Report on the lunatic asylums under the Government of Bombay - 1904-1913
Year: 1904
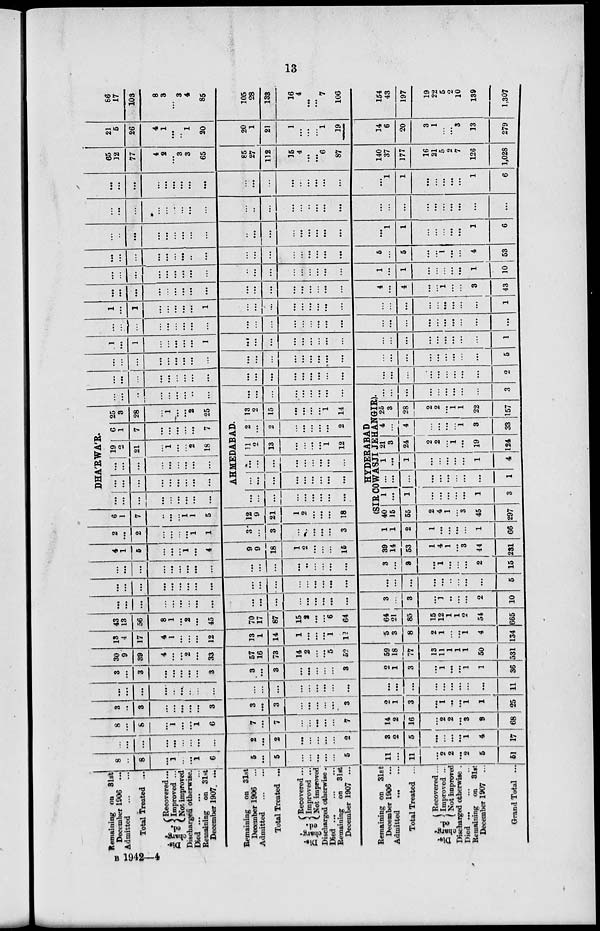
13
Remaining on 31st
December 1906 ...
Admitted
...
...
Total Treated ..
Dis¬
charg¬
ed.
Recovered...
Improved ...
Not improved
Discharged otherwise.
Died
...
...
...
Remaining on 31st
December 1907 ...
Remaining on 31st
December 1906 ...
Admitted ... ...
Total Treated ...
Dis¬
charg¬
ed.
Recovered ...
Improved ...
Not improved
Discharged otherwise.
Died ... ... ...
Remaining on 31st
December 1907 ...
Remaining on 31st
December 1906 ...
Admitted
...
...
Total Treated ...
Dis¬
charg¬
ed.
Recovered...
Improved ...
Not improved
Discharged otherwise .
Died... ... ...
Remaining on 31st
December 1907 ...
Grand Total ...
8
...
8
...
1
...
...
1
6
5
...
5
...
...
...
...
...
5
11
...
11
...
2
2
...
2
5
51
...
...
...
...
...
...
...
...
...
2
...
2
...
...
...
...
...
2
3
2
5
...
...
...
...
1
4
17
8
...
8
...
1
...
...
1
6
7
...
7
...
...
...
...
...
7
14
2
16
2
2
...
3
9
68
3
...
3
...
...
...
...
...
3
3
...
3
...
...
...
...
...
3
2
1
3
...
1
...
...
1
1
25
...
...
...
...
..
...
...
...
...
...
...
...
...
...
...
...
...
...
...
...
...
...
...
...
...
...
...
11
3
...
3
...
...
...
...
...
3
3
...
3
...
...
...
...
...
3
2
1
3
...
1
...
...
1
1
36
30
9
39
4
...
...
2
...
33
57
16
73
14
2
...
...
5
52
59
18
77
13
11
1
1
1
50
531
13
4
17
4
1
...
...
...
12
13
1
14
1
...
...
...
1
12
5
3
8
2
1
...
...
1
4
134
43
13
56
8
1
...
2
...
45
70
17
87
15
2
...
...
6
64
64
21
85
15
12
1
1
2
54
665
...
...
...
...
...
...
...
...
...
...
...
...
...
...
...
...
...
...
3
...
3
...
1
...
...
...
2
10
...
...
...
...
...
...
...
...
...
...
...
...
...
...
...
...
...
...
...
...
...
...
...
...
...
...
...
5
...
...
...
...
...
...
...
...
...
...
...
...
...
..
...
...
...
...
3
...
8
...
1
...
...
...
2
15
4
1
5
...
...
...
1
...
4
9
9
18
1
2
...
...
...
15
39
14
53
1
4
1
...
3
44
231
2
...
2
...
...
...
...
1
1
3
...
3
...
..
...
...
...
3
1
1
2
1
...
...
...
...
1
66
6
1
7
...
...
...
1
1
5
12
9
21
1
2
...
...
...
18
DHA'RWA'R.
...
...
...
...
...
...
...
...
...
...
...
...
...
...
...
...
...
...
...
...
...
...
...
...
...
...
...
19
2
21
...
1
...
...
2
18
6
1
7
...
...
...
...
...
7
25
3
28
...
1
...
...
2
25
AHMEDABAD.
...
...
...
...
...
...
...
...
...
...
...
...
...
...
...
...
...
...
...
...
...
...
...
...
...
...
...
11
2
13
...
...
...
...
1
12
2
...
2
...
...
...
...
...
2
13
2
15
...
...
...
...
1
14
...
...
...
...
...
...
...
...
...
...
...
...
...
...
...
...
...
...
HYDERABAD
(SIR COWASJI JEHANGIR).
40
15
55
2
4
1
...
3
45
297
1
...
1
...
...
...
...
...
1
3
...
...
...
...
...
...
...
...
...
1
1
...
1
...
...
...
...
...
1
4
21
3
24
2
2
...
1
...
19
124
4
...
4
...
...
...
...
1
3
33
25
3
28
2
2
...
1
1
22
157
...
...
...
...
...
...
...
...
...
3
...
...
...
...
...
...
...
...
...
...
...
...
...
...
...
...
...
...
...
...
...
...
...
...
...
...
...
2
...
...
...
...
...
...
...
...
...
...
...
...
...
...
...
...
...
...
...
...
...
...
...
...
...
...
...
5
1
...
1
...
...
...
...
...
1
...
...
...
...
...
...
...
...
...
...
...
...
...
...
...
...
...
...
1
...
...
...
...
...
...
...
...
...
...
...
...
...
...
...
...
...
...
...
. ..
...
...
...
...
...
...
...
...
1
...
1
...
...
...
...
...
1
...
...
...
...
...
...
...
...
...
...
...
...
...
...
...
...
...
1
...
...
...
...
...
...
...
...
...
...
...
...
...
...
...
...
...
...
4
...
4
...
...
1
...
...
3
43
...
...
...
...
...
...
...
...
...
...
...
...
...
...
...
...
...
...
1
...
1
...
...
...
...
...
1
10
...
...
...
...
...
...
...
..
...
...
...
...
...
...
...
...
...
...
5
...
5
...
...
1
...
...
4
53
...
...
...
...
. ..
...
...
...
...
...
...
...
...
...
...
...
...
...
...
1
1
...
...
...
...
...
1
6
...
...
...
...
...
. ...
...
...
...
...
...
...
...
...
...
...
...
...
...
...
...
...
...
...
...
...
...
...
...
...
...
...
...
...
...
...
...
...
...
...
...
...
...
...
...
...
...
1
1
...
...
...
...
...
1
6
65
12
77
4
2
...
3
3
65
85
27
112
15
4
...
...
6
87
140
37
177
16
21
5
2
7
126
1,028
21
5
26
4
1
...
...
1
20
20
1
21
1
...
...
...
1
19
14
6
20
3
1
...
...
3
13
279
86
17
103
8
3
...
3
4
85
105
28
133
16
4
...
. ..
7
106
154
43
197
19
22
5
2
10
139
1,307